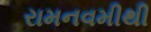
રામનવમીથી